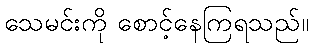
သေမင်းကို စောင့်နေကြရသည်။